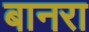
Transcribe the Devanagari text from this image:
बानरा